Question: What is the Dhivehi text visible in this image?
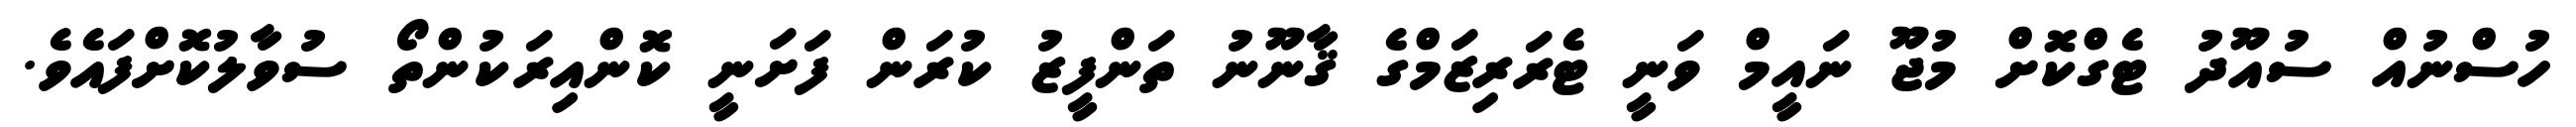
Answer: ހުސްނުއް ސުއޫދު ޓެގްކޮށް މުޖޫ ނައީމް ވަނީ ޓެރަރިޒަމްގެ ޤާނޫނު ތަންފީޒު ކުރަން ފަށަނީ ކޮންއިރަކުންތޯ ސުވާލުކޮށްފައެވެ.